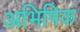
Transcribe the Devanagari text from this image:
अभिषिक